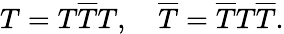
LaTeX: T=T\overline{{{T}}}T,\quad\overline{{{T}}}=\overline{{{T}}}T\overline{{{T}}}.